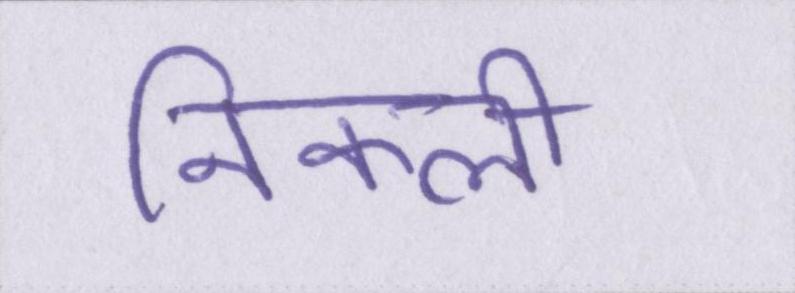
निकली